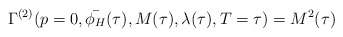
\begin{align*}\Gamma^{(2)}(p=0, \bar{\phi_{H}}(\tau), M(\tau), \lambda(\tau), T=\tau) = M^{2}(\tau)\end{align*}